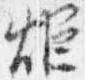
炬